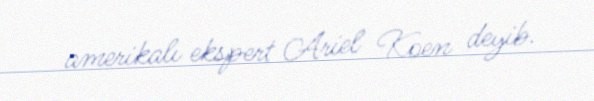
amerikalı ekspert Ariel Koen deyib.